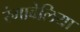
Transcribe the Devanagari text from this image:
रंगाबेलिया